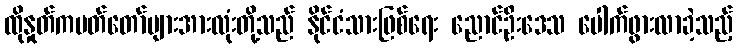
ထိုနှုတ်ကပတ်တော်များအားလုံးတို့သည် နိုင်ငံသားဖြစ်ရေး ညောင်ဦးဒေသ ပေါက်ဖွားလာခဲ့သည့်